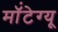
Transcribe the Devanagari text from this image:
मॉंटेग्यू